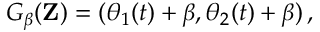
G _ { \beta } ( \mathbf { Z } ) = ( \theta _ { 1 } ( t ) + \beta , \theta _ { 2 } ( t ) + \beta ) \, ,